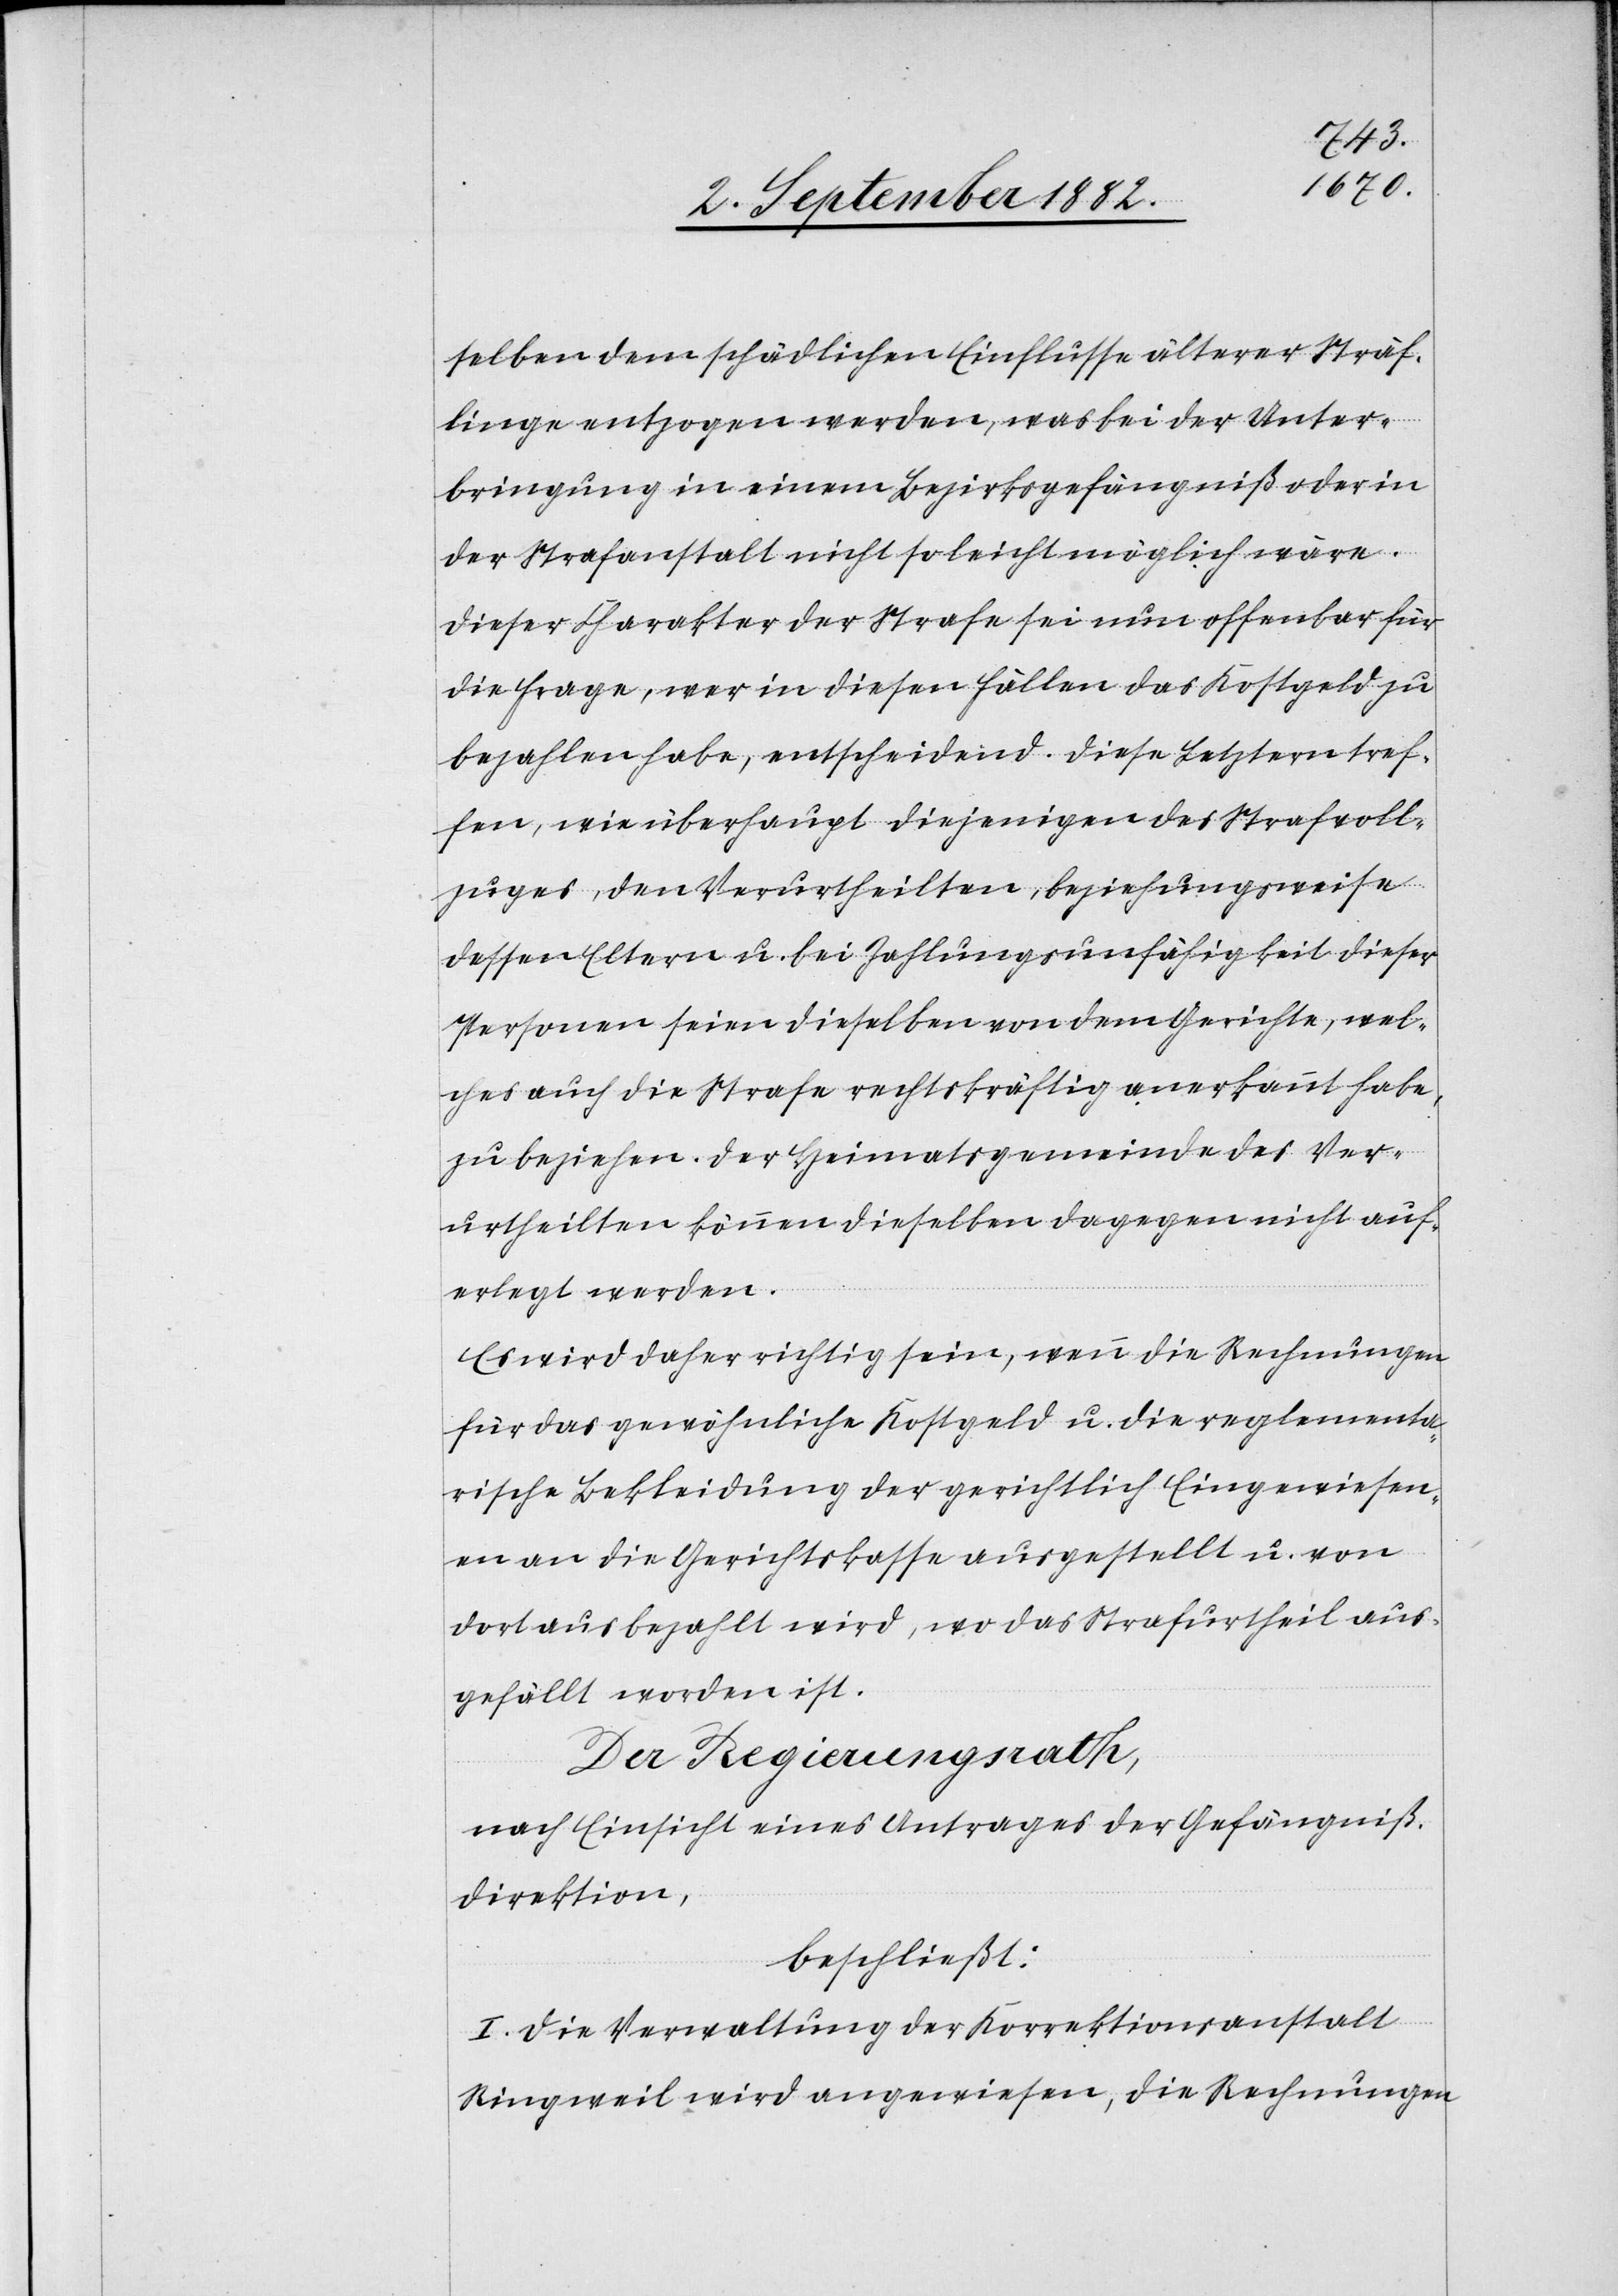
selben dem schädlichen Einflusse älterer Sträf¬
linge entzogen werden, was bei der Unter¬
bringung in einem Bezirksgefängniß oder in
der Strafanstalt nicht so leicht möglich wäre.
Dieser Charakter der Strafe sei nun offenbar für
die Frage, wer in diesen Fällen das Kostgeld zu
bezahlen habe, entscheidend. Diese Letztern tref¬
fen, wie überhaupt diejenigen des Strafvoll¬
zuges, den Verurtheilten, beziehungsweise
dessen Eltern u. bei Zahlungsunfähigkeit dieser
Personen seien dieselben von dem Gerichte, wel¬
ches auch die Strafe rechtkräftig anerkannt habe,
zu beziehen. Der Heimatsgemeinde des Ver¬
urtheilten können dieselben dagegen nicht auf¬
erlegt werden.
Es wird daher richtig sein, wenn die Rechnungen
für das gewöhnliche Kostgeld u. die reglementa¬
rische Bekleidung der gerichtlich Eingewiesen¬
en an die Gerichtskasse ausgestellt u. von
dort aus bezahlt wird, wo das Strafurtheil aus¬
gefällt worden ist.
Der Regierungsrath,
nach Einsicht eines Antrages der Gefängniß¬
direktion,
beschließt:
I. Die Verwaltung der Korrektionsanstalt
Ringweil wird angewiesen, die Rechnungen